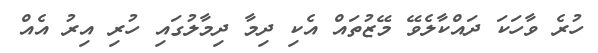
ހުރެ ވާހަކަ ދައްކާލެވޭ މޭޒުތައް އެކި ދިމާ ދިމާލުގައި ހުރި އިރު އެއް